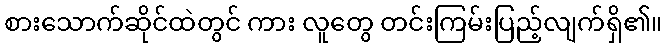
စားသောက်ဆိုင်ထဲတွင် ကား လူတွေ တင်းကြမ်းပြည့်လျက်ရှိ၏။